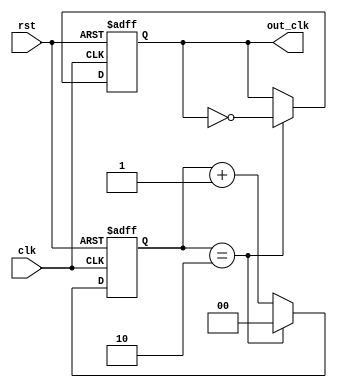
module dual_modulus_clock_divider (
  input wire clk,
  input wire rst,
  output reg out_clk
);

// Define parameters for the dual modulus clock divider
parameter MOD1 = 3; // First divisor
parameter MOD2 = 4; // Second divisor

reg [1:0] count; // Counter for MOD1 and MOD2

always @(posedge clk or posedge rst) begin
  if (rst) begin
    count <= 2'b0;
    out_clk <= 1'b0;
  end else begin
    if (count == MOD1-1) begin
      count <= 0;
      out_clk <= ~out_clk;
    end else begin
      count <= count + 1;
    end
  end
end

endmodule